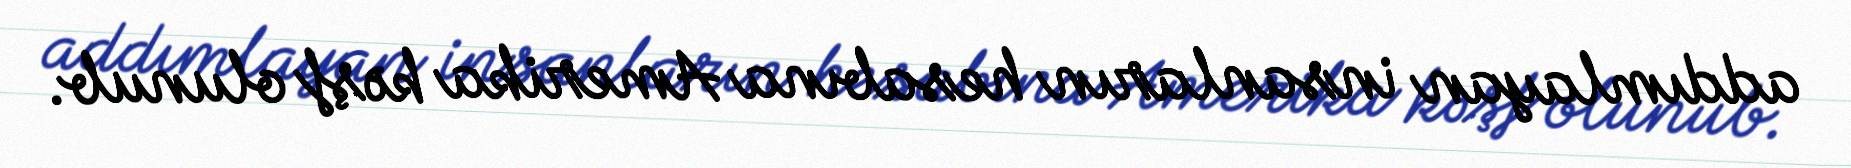
addımlayan insanların hesabına Amerika kəşf olunub.